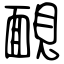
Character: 靦